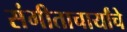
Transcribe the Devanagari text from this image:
संगीताचार्यांचे